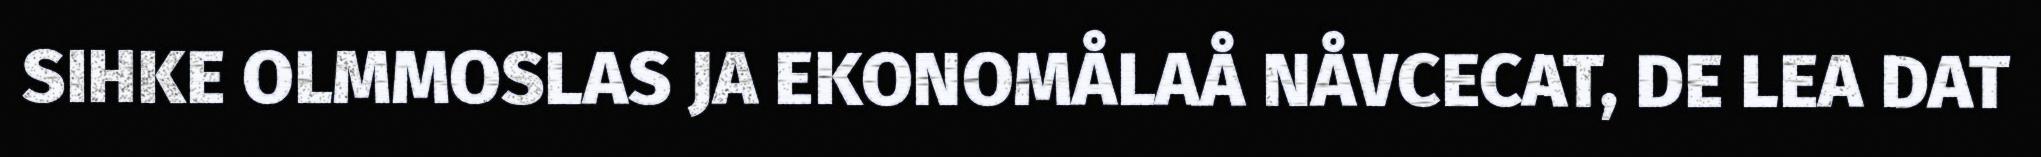
SIHKE OLMMOSLAS JA EKONOMÅLAÅ NÅVCECAT, DE LEA DAT